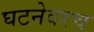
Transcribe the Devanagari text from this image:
घटनेवरच